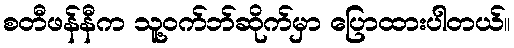
စတီဖန်နီက သူ့ဝက်ဘ်ဆိုက်မှာ ပြောထားပါတယ်။